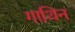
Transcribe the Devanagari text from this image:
गाथिन